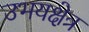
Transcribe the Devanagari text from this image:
उभयक्षेत्र